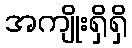
အကျိုးရှိရှိ